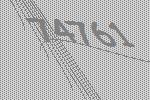
74761